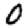
Digit: 0